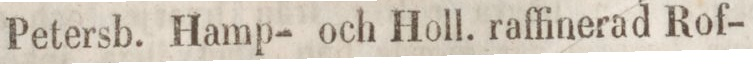
Petersb. Hamp- och Holl. raffinerad Rof-